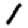
Digit: 1